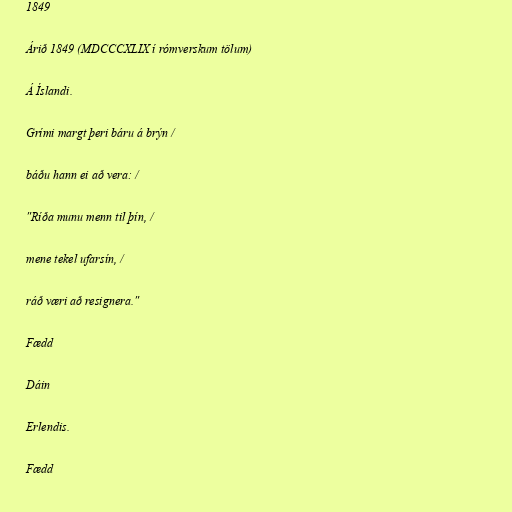
1849

Árið 1849 (MDCCCXLIX í rómverskum tölum)

Á Íslandi.

Grími margt þeri báru á brýn /

báðu hann ei að vera: /

"Ríða munu menn til þín, /

mene tekel ufarsín, /

ráð væri að resignera."

Fædd

Dáin

Erlendis.

Fædd